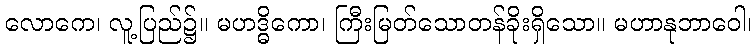
လောကေ၊ လူ့ပြည်၌။ မဟဒ္ဓိကော၊ ကြီးမြတ်သောတန်ခိုးရှိသော။ မဟာနုဘာဝေါ၊